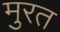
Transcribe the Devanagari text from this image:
मुरत